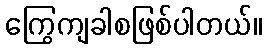
ကြွေကျခါစဖြစ်ပါတယ်။